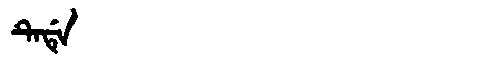
Manchu: ᡨᡝᡩᡝ
Romanization: TEDE